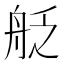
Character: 𮎊